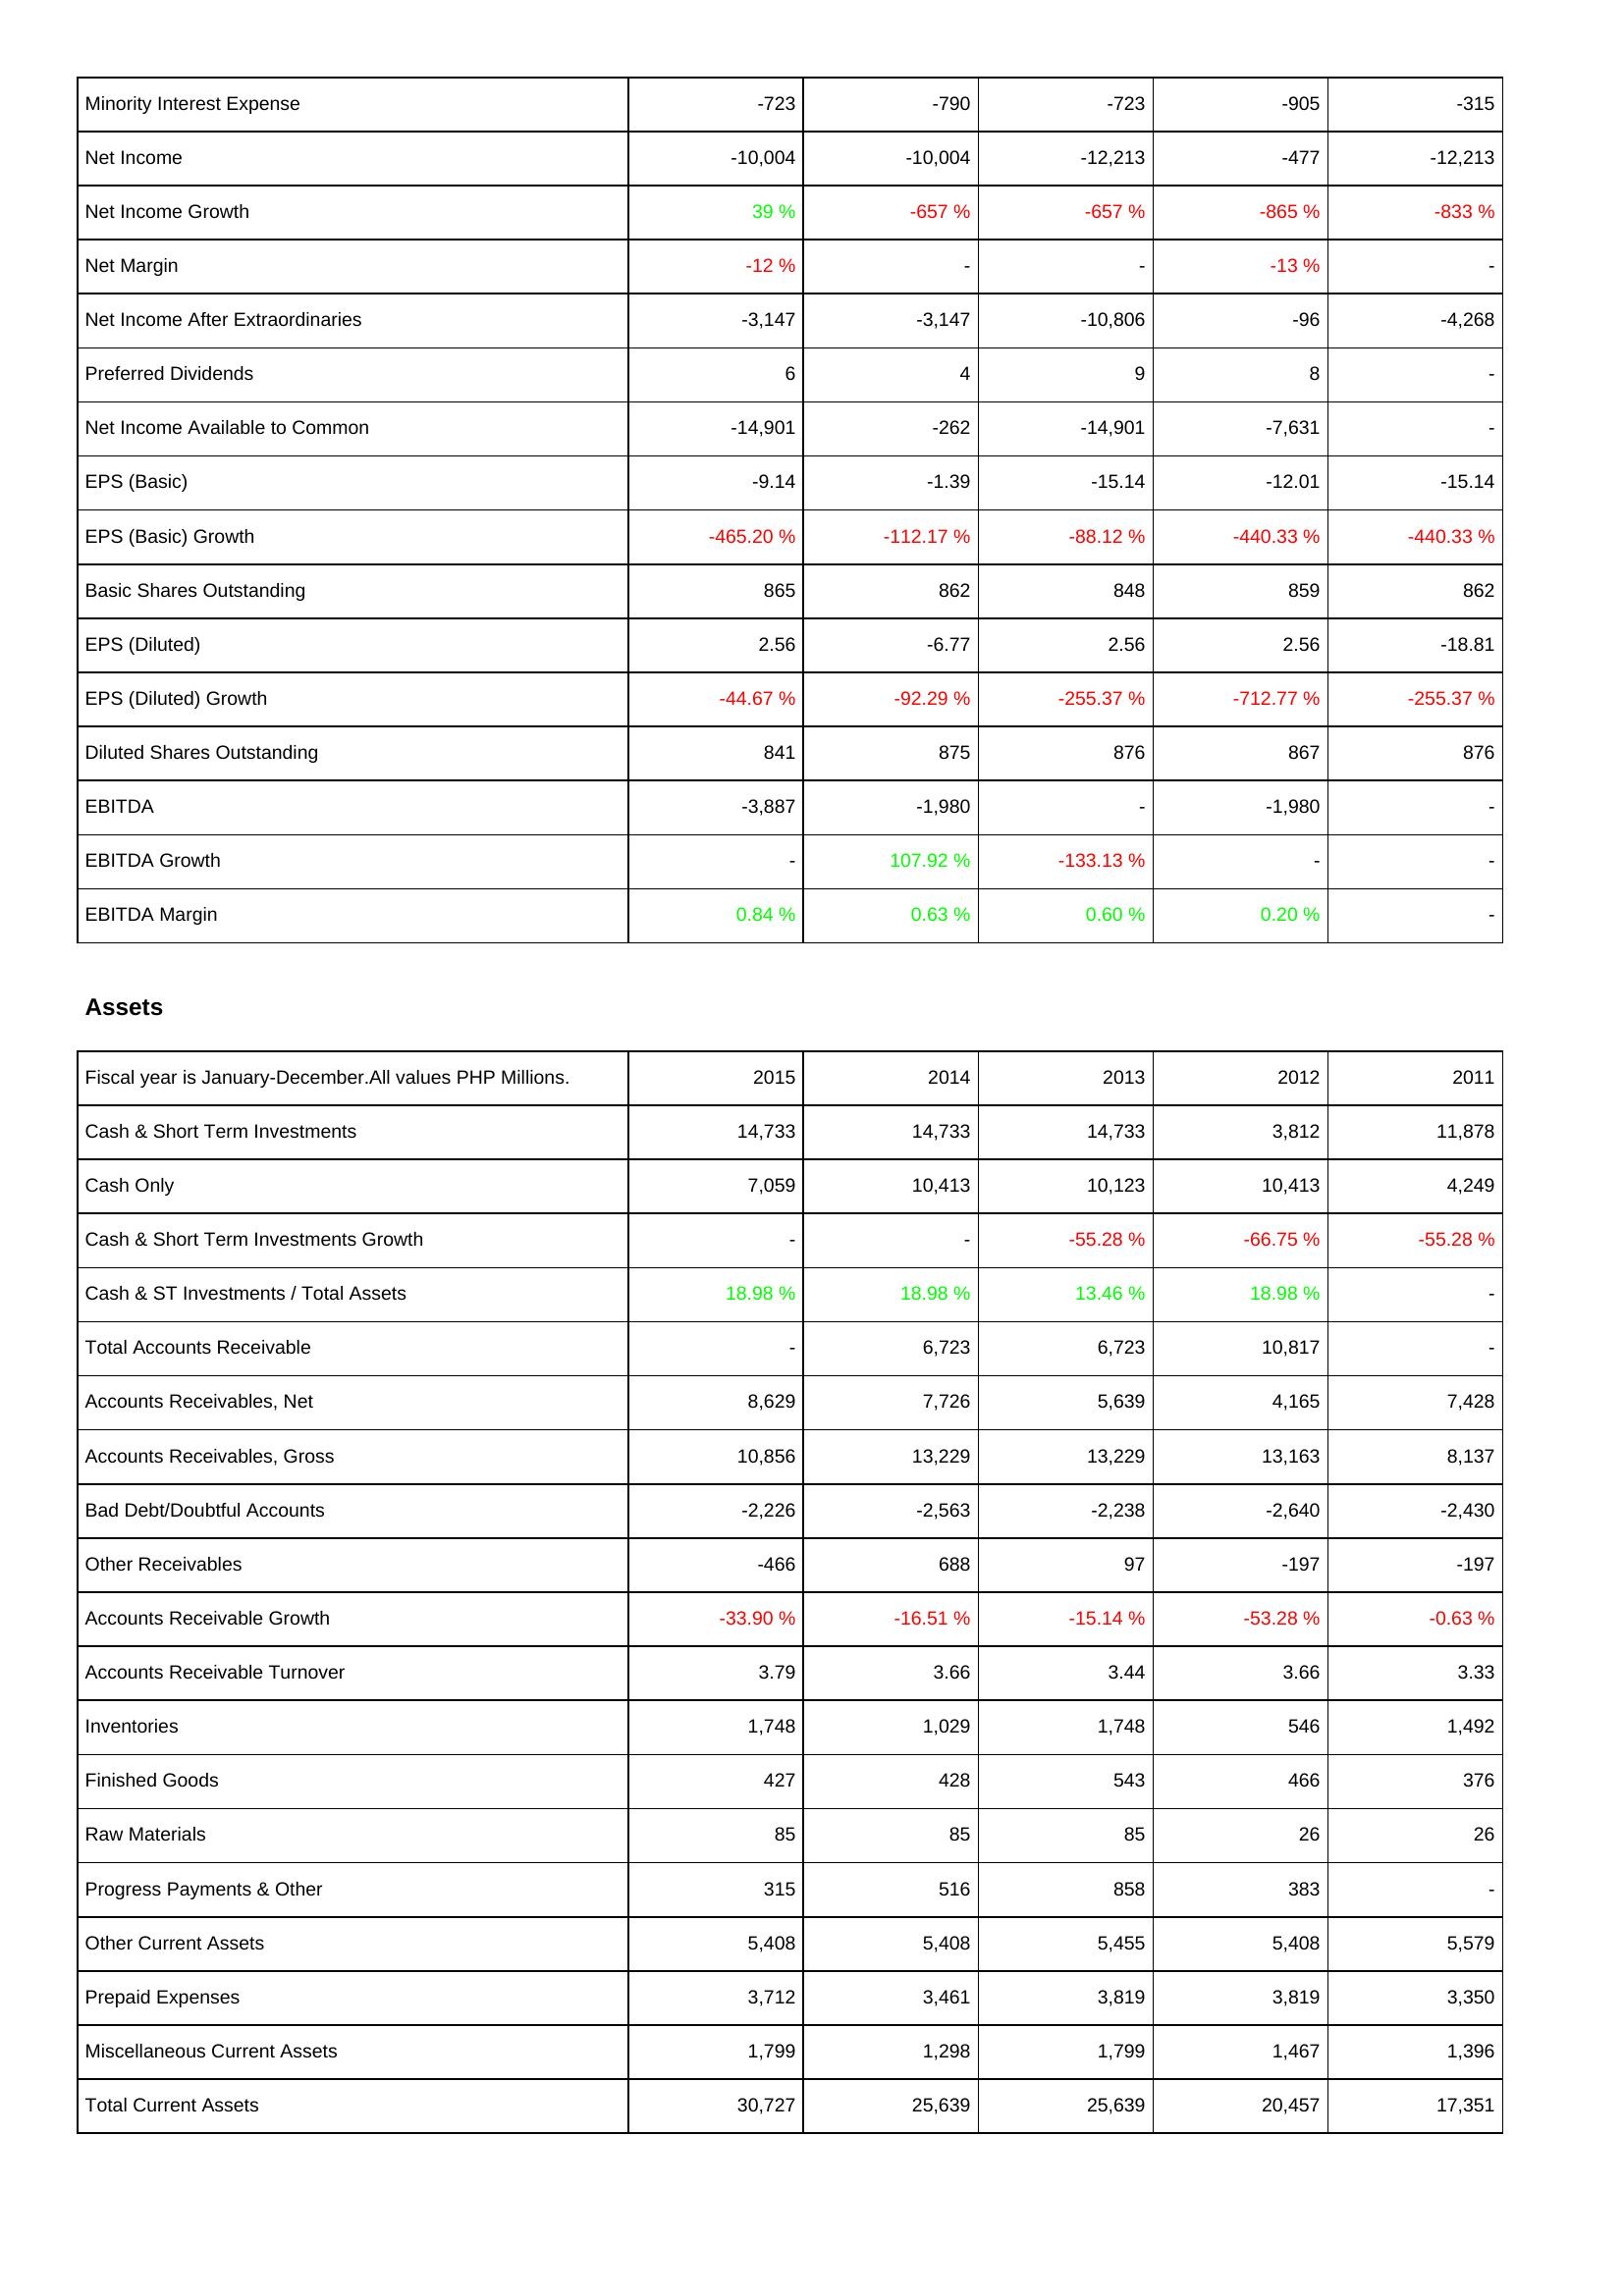
2015: Income Statement: Minority Interest Expense: -723
Net Income: -10,004
Net Income Growth: 39 %
Net Margin: -12 %
Net Income After Extraordinaries: -3,147
Preferred Dividends: 6
Net Income Available to Common: -14,901
EPS (Basic): -9.14
EPS (Basic) Growth: -465.20 %
Basic Shares Outstanding: 865
EPS (Diluted): 2.56
EPS (Diluted) Growth: -44.67 %
Diluted Shares Outstanding: 841
EBITDA: -3,887
EBITDA Growth: -
EBITDA Margin: 0.84 %
Assets: Cash & Short Term Investments: 14,733
Cash Only: 7,059
Cash & Short Term Investments Growth: -
Cash & ST Investments / Total Assets: 18.98 %
Total Accounts Receivable: -
Accounts Receivables, Net: 8,629
Accounts Receivables, Gross: 10,856
Bad Debt/Doubtful Accounts: -2,226
Other Receivables: -466
Accounts Receivable Growth: -33.90 %
Accounts Receivable Turnover: 3.79
Inventories: 1,748
Finished Goods: 427
Raw Materials: 85
Progress Payments & Other: 315
Other Current Assets: 5,408
Prepaid Expenses: 3,712
Miscellaneous Current Assets: 1,799
Total Current Assets: 30,727
2014: Income Statement: Minority Interest Expense: -790
Net Income: -10,004
Net Income Growth: -657 %
Net Margin: -
Net Income After Extraordinaries: -3,147
Preferred Dividends: 4
Net Income Available to Common: -262
EPS (Basic): -1.39
EPS (Basic) Growth: -112.17 %
Basic Shares Outstanding: 862
EPS (Diluted): -6.77
EPS (Diluted) Growth: -92.29 %
Diluted Shares Outstanding: 875
EBITDA: -1,980
EBITDA Growth: 107.92 %
EBITDA Margin: 0.63 %
Assets: Cash & Short Term Investments: 14,733
Cash Only: 10,413
Cash & Short Term Investments Growth: -
Cash & ST Investments / Total Assets: 18.98 %
Total Accounts Receivable: 6,723
Accounts Receivables, Net: 7,726
Accounts Receivables, Gross: 13,229
Bad Debt/Doubtful Accounts: -2,563
Other Receivables: 688
Accounts Receivable Growth: -16.51 %
Accounts Receivable Turnover: 3.66
Inventories: 1,029
Finished Goods: 428
Raw Materials: 85
Progress Payments & Other: 516
Other Current Assets: 5,408
Prepaid Expenses: 3,461
Miscellaneous Current Assets: 1,298
Total Current Assets: 25,639
2013: Income Statement: Minority Interest Expense: -723
Net Income: -12,213
Net Income Growth: -657 %
Net Margin: -
Net Income After Extraordinaries: -10,806
Preferred Dividends: 9
Net Income Available to Common: -14,901
EPS (Basic): -15.14
EPS (Basic) Growth: -88.12 %
Basic Shares Outstanding: 848
EPS (Diluted): 2.56
EPS (Diluted) Growth: -255.37 %
Diluted Shares Outstanding: 876
EBITDA: -
EBITDA Growth: -133.13 %
EBITDA Margin: 0.60 %
Assets: Cash & Short Term Investments: 14,733
Cash Only: 10,123
Cash & Short Term Investments Growth: -55.28 %
Cash & ST Investments / Total Assets: 13.46 %
Total Accounts Receivable: 6,723
Accounts Receivables, Net: 5,639
Accounts Receivables, Gross: 13,229
Bad Debt/Doubtful Accounts: -2,238
Other Receivables: 97
Accounts Receivable Growth: -15.14 %
Accounts Receivable Turnover: 3.44
Inventories: 1,748
Finished Goods: 543
Raw Materials: 85
Progress Payments & Other: 858
Other Current Assets: 5,455
Prepaid Expenses: 3,819
Miscellaneous Current Assets: 1,799
Total Current Assets: 25,639
2012: Income Statement: Minority Interest Expense: -905
Net Income: -477
Net Income Growth: -865 %
Net Margin: -13 %
Net Income After Extraordinaries: -96
Preferred Dividends: 8
Net Income Available to Common: -7,631
EPS (Basic): -12.01
EPS (Basic) Growth: -440.33 %
Basic Shares Outstanding: 859
EPS (Diluted): 2.56
EPS (Diluted) Growth: -712.77 %
Diluted Shares Outstanding: 867
EBITDA: -1,980
EBITDA Growth: -
EBITDA Margin: 0.20 %
Assets: Cash & Short Term Investments: 3,812
Cash Only: 10,413
Cash & Short Term Investments Growth: -66.75 %
Cash & ST Investments / Total Assets: 18.98 %
Total Accounts Receivable: 10,817
Accounts Receivables, Net: 4,165
Accounts Receivables, Gross: 13,163
Bad Debt/Doubtful Accounts: -2,640
Other Receivables: -197
Accounts Receivable Growth: -53.28 %
Accounts Receivable Turnover: 3.66
Inventories: 546
Finished Goods: 466
Raw Materials: 26
Progress Payments & Other: 383
Other Current Assets: 5,408
Prepaid Expenses: 3,819
Miscellaneous Current Assets: 1,467
Total Current Assets: 20,457
2011: Income Statement: Minority Interest Expense: -315
Net Income: -12,213
Net Income Growth: -833 %
Net Margin: -
Net Income After Extraordinaries: -4,268
Preferred Dividends: -
Net Income Available to Common: -
EPS (Basic): -15.14
EPS (Basic) Growth: -440.33 %
Basic Shares Outstanding: 862
EPS (Diluted): -18.81
EPS (Diluted) Growth: -255.37 %
Diluted Shares Outstanding: 876
EBITDA: -
EBITDA Growth: -
EBITDA Margin: -
Assets: Cash & Short Term Investments: 11,878
Cash Only: 4,249
Cash & Short Term Investments Growth: -55.28 %
Cash & ST Investments / Total Assets: -
Total Accounts Receivable: -
Accounts Receivables, Net: 7,428
Accounts Receivables, Gross: 8,137
Bad Debt/Doubtful Accounts: -2,430
Other Receivables: -197
Accounts Receivable Growth: -0.63 %
Accounts Receivable Turnover: 3.33
Inventories: 1,492
Finished Goods: 376
Raw Materials: 26
Progress Payments & Other: -
Other Current Assets: 5,579
Prepaid Expenses: 3,350
Miscellaneous Current Assets: 1,396
Total Current Assets: 17,351